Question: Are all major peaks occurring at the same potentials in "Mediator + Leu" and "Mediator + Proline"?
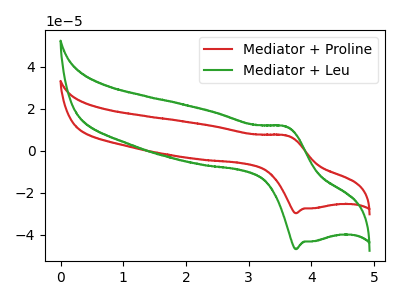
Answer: <think>The red curve "Mediator + Proline" has an anodic peak at (3.60V, 7.30uA) and a cathodic peak at (3.75V, -29.75uA). The green curve "Mediator + Leu" has an anodic peak at (3.60V, 11.50uA) and a cathodic peak at (3.75V, -46.90uA).</think>
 <answer>Yes, "Mediator + Leu" have a peak in "Mediator + Proline" at the same potential.</answer>
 <eval>match</eval>